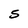
Character: 5